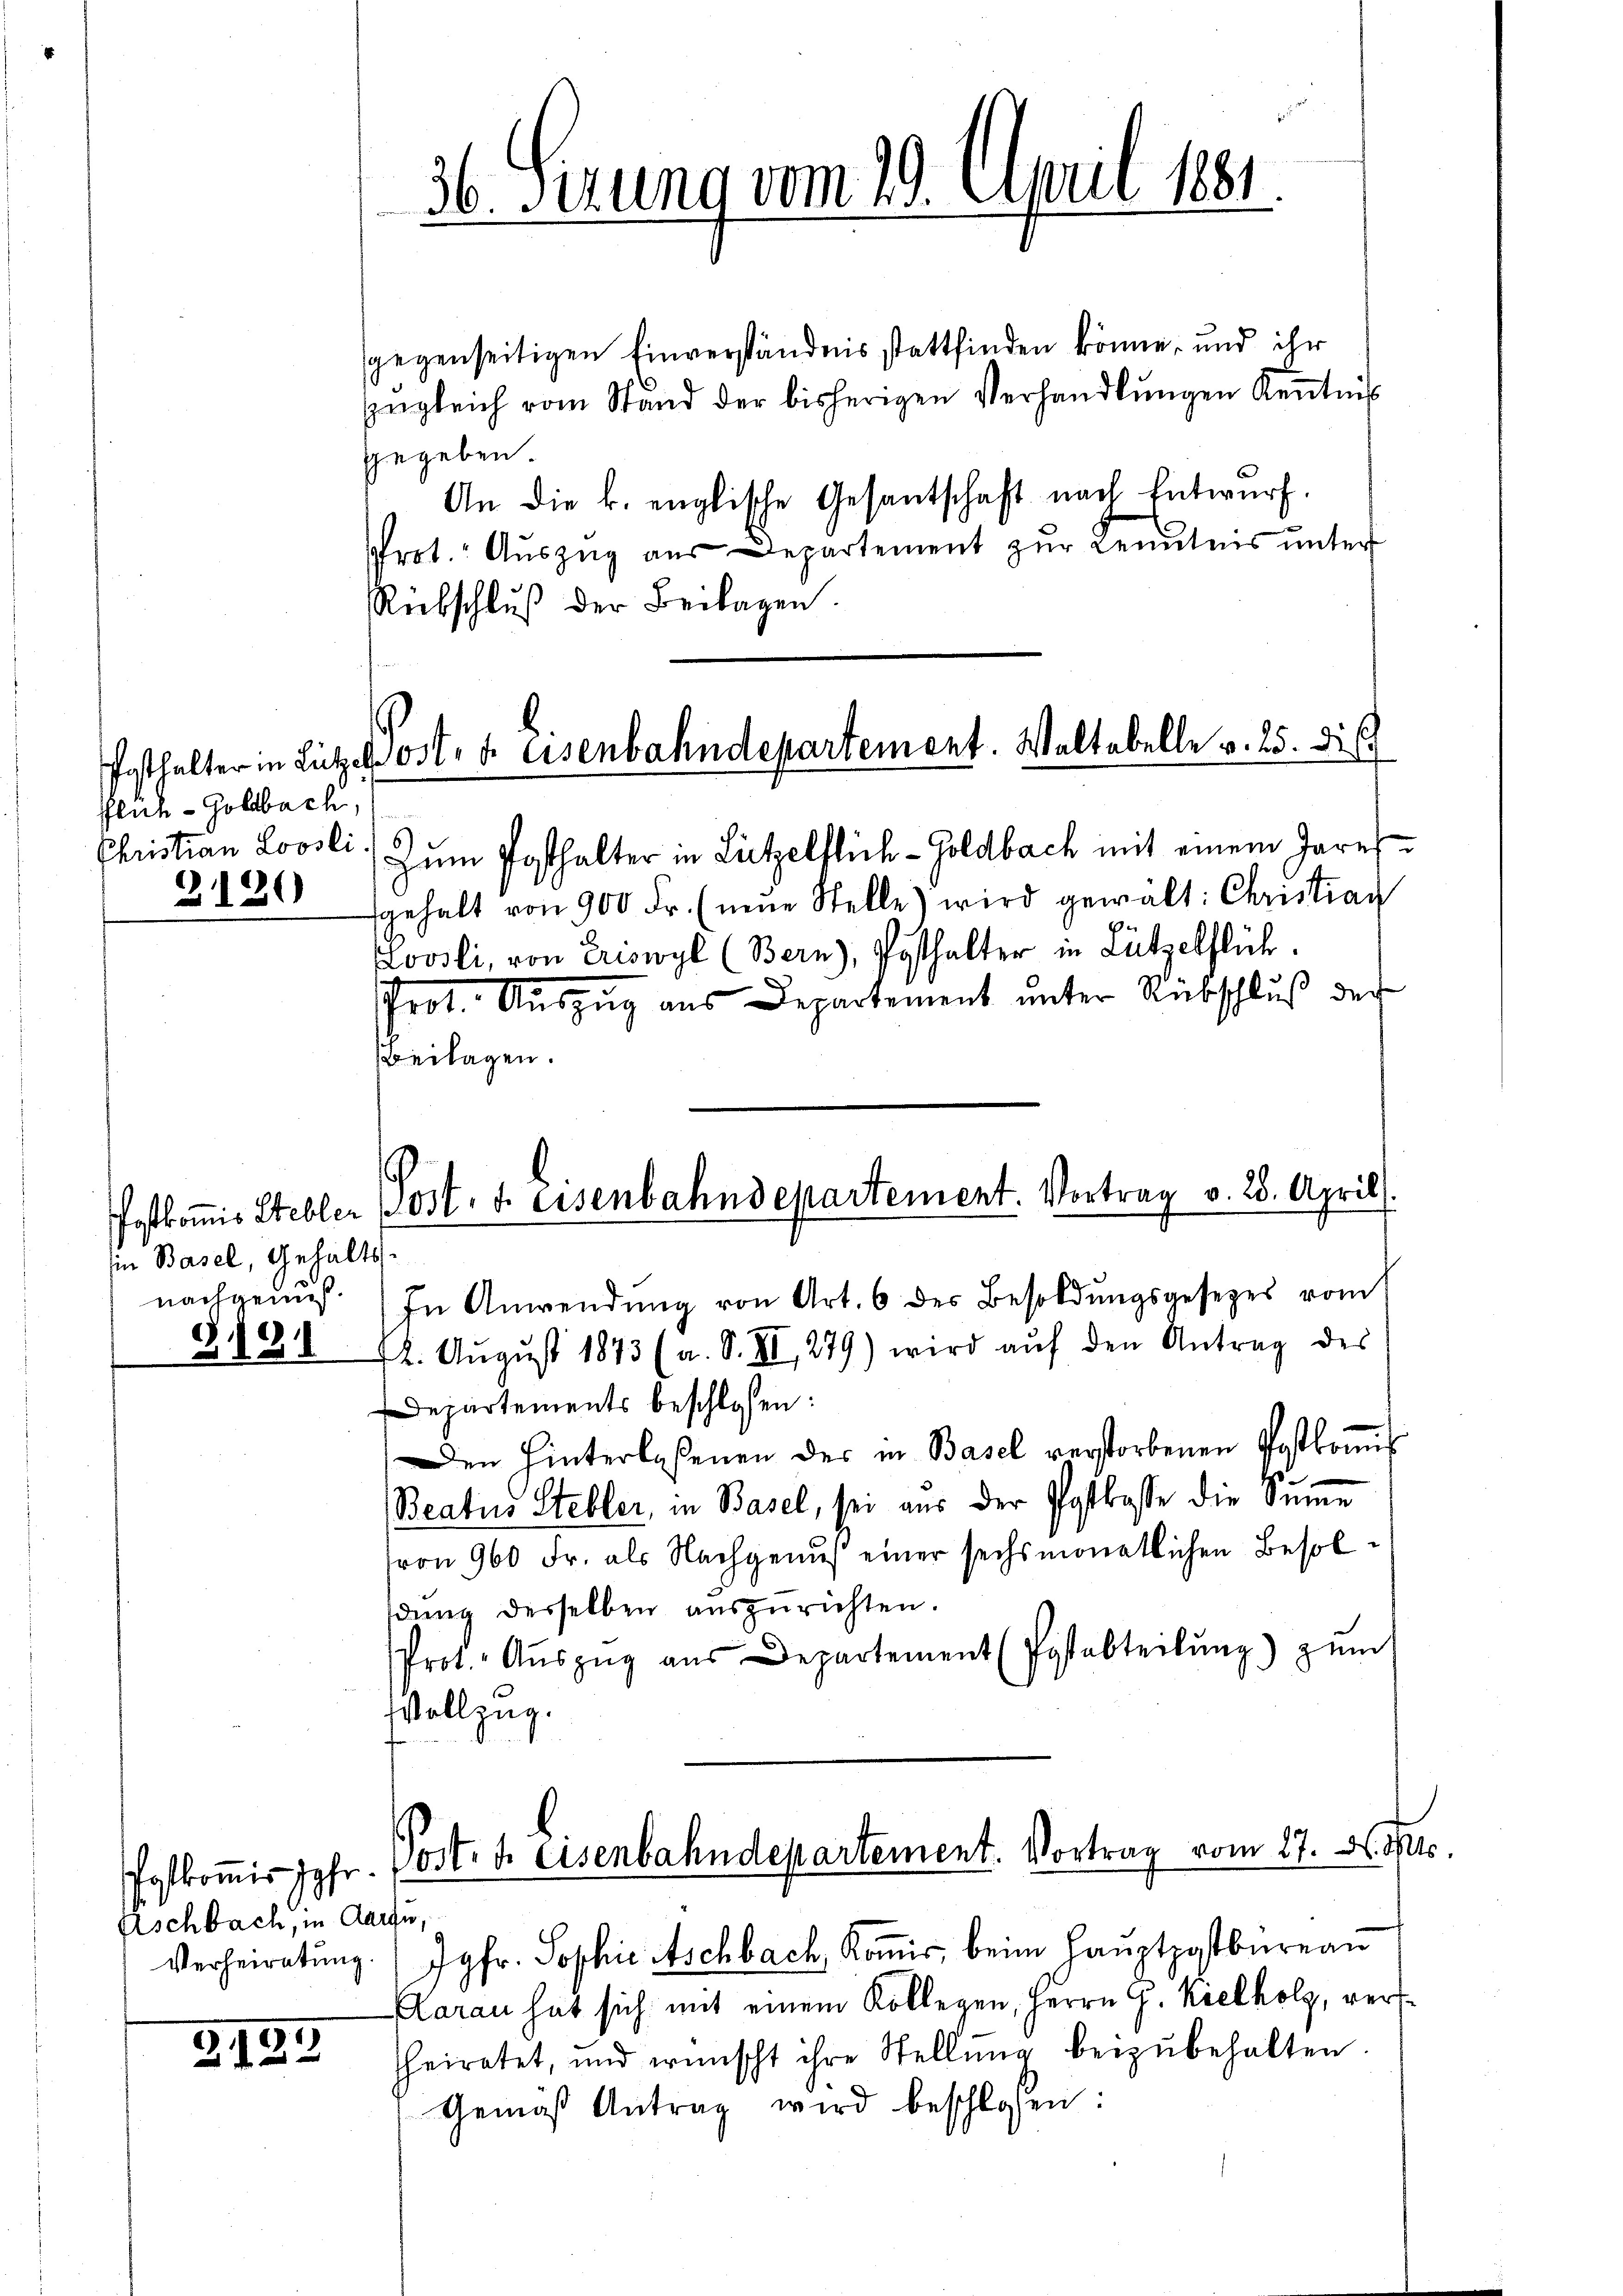
flich - Goldbach.
Christian Loosli.

1

in Basel, Gehalts
nachgenuß

318

Eschbach, in de
Verheiratung

Z.127

4

sgegenseitigen Einverständnis stattfinden könne, und ihr
ngleich vom Stand der bisherigen Verhandlŭngen Keṅtnis
gegeben.
An die k. englische Gesantschaft nach Entwurf.
prot. Aŭszŭg aŭs Departement zŭr Kenntnis ŭnter
Rübschlŭβ der Beilagen.

36. Ferung vom 29. April 1881.

Posthalter in Lützel ost, d. Eisenbahndepartement. Waltabelle v. 25. di

Zum Posthalter in Lützelflich-Goldbach mit einem Jares
fgehalt von 900 Fr. (neŭe Stelle) wird gewält: Christian
Lovsli, von Eriswyl (Bern), Posthalter in Lützelflüh.
Prot. Auszug aus Departement unter Rückschluß der
Beilagen.
In Anwendŭng von Art. 6 des Besoldŭngsgesetzes vom
2. Aŭgŭst 1873 (a. S. II, 279) wird aŭf den Antrag des
Departements beschlossen:
Den Hinterlaßenen der in Basel verstorbenen Postkoṁis
Beatus Stebler, in Basel, sei aus der Postkasse die Sŭṁe
(von 960 Fr. als Nachgenus einer sechsmonatlichen Besoldung derselben auszurichten.
Prot. Aŭszŭg aŭs Departement (Postabteilŭng zŭm
Vollzug.
Postkomis Jahr. Post 4 Eisenbahndepartement. Vortrag vom 17. d. Mts.
Argu
) Jgfr. Sophie Aschbach, Kommis, beim Hauptpostbureau
Garan hat sich mit einem Kollegen, Herrn G. Kielholz, verheiratet, und wünscht ihre Stellŭng beizŭbehalten.
Gemäß Antrag wird beschlossen:

Postkomis Steller Post, d. Eisenbahndepartement. Vortrag v. 28. April.

.